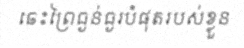
ឆេះព្រៃធ្ងន់ធ្ងរបំផុតរបស់ខ្លួន